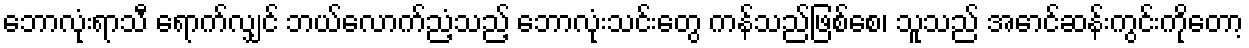
ဘောလုံးရာသီ ရောက်လျှင် ဘယ်လောက်ညံ့သည့် ဘောလုံးသင်းတွေ ကန်သည်ဖြစ်စေ၊ သူသည် အောင်ဆန်းကွင်းကိုတော့